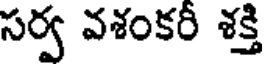
సర్వ వశంకరీ శక్తి